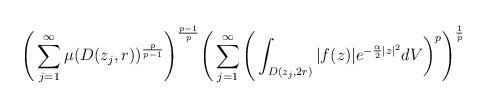
LaTeX: \begin{align*} \Bigg(\sum_{j=1}^\infty \mu(D(z_j,r))^{\frac{p}{p-1}}\Bigg)^{{\frac{p-1}{p}}}\Bigg( \sum_{j=1}^\infty \Bigg(\int_{D(z_j,2r)} |f(z)| e^{-\frac{\alpha }{2} |z|^2} dV\bigg)^p\Bigg)^{\frac{1}{p}} \end{align*}